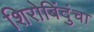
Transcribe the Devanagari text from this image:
शिरोबिंदुंचा